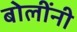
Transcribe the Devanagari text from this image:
बोलींनी